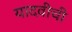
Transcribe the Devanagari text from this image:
यादवीची